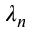
\lambda _ { n }